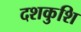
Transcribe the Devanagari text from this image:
दशकुशि